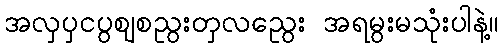
အလှပှငပွဈစညွးတှလညွေး အရမွးမသုံးပါနဲ့။